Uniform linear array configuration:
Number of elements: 48
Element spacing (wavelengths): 0.75
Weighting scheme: exponential
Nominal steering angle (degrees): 60
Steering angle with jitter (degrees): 59.531
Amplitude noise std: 0.05
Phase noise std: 0.05

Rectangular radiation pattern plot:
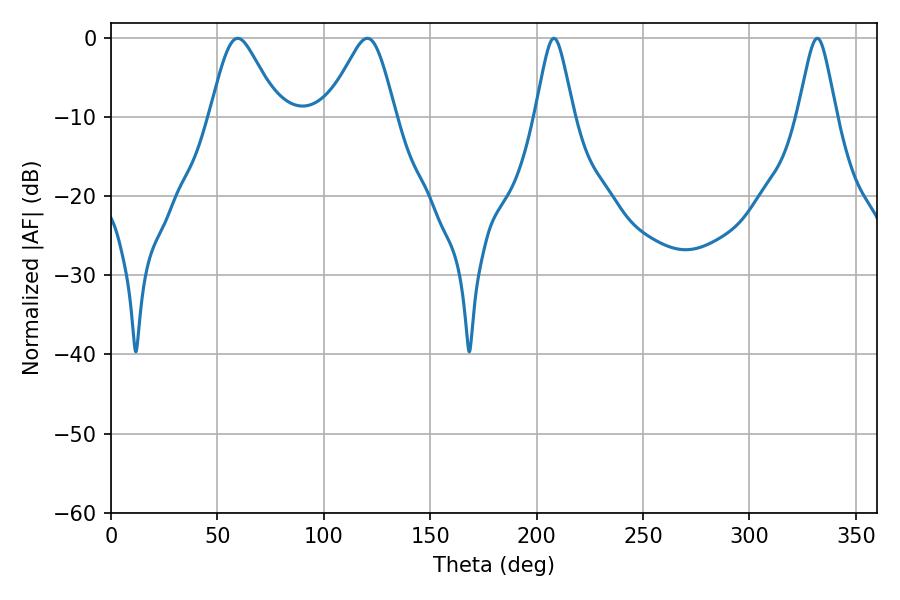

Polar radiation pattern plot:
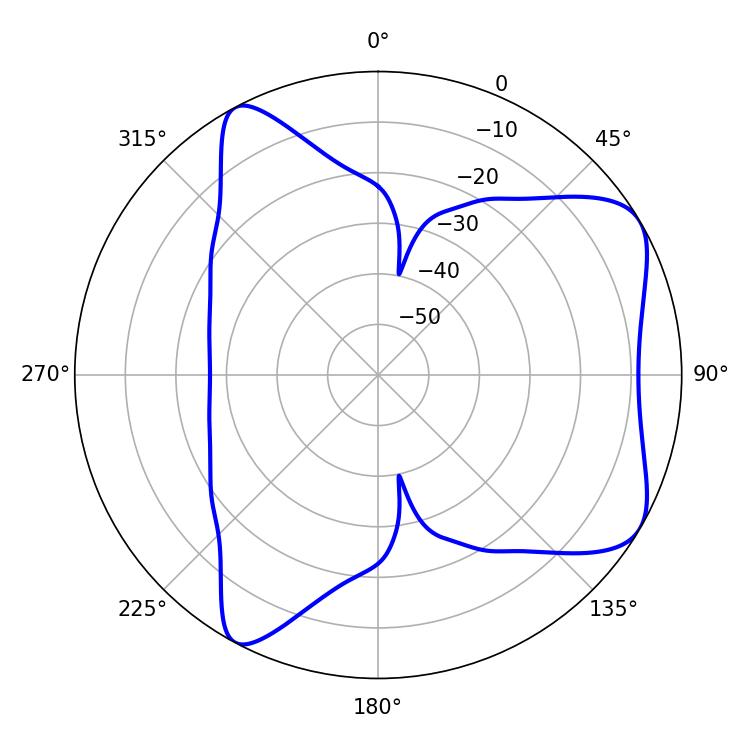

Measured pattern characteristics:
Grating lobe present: TRUE
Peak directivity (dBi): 6.696
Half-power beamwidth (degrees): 15.66
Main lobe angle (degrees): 59.58